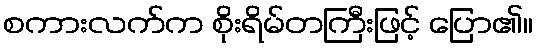
စကားလက်က စိုးရိမ်တကြီးဖြင့် ပြော၏။